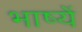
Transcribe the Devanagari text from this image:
भाष्यें